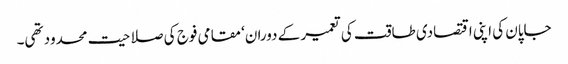
جاپان کی اپنی اقتصادی طاقت کی تعمیر کے دوران‘ مقامی فوج کی صلاحیت محدود تھی۔